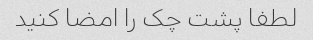
لطفا پشت چک را امضا کنید